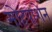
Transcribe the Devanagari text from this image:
मोहपाशेन